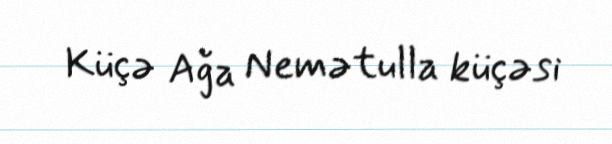
Küçə Ağa Nemətulla küçəsi